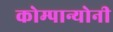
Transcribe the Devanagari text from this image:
कोम्पान्योनी